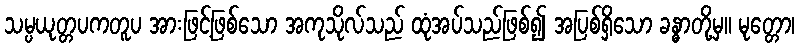
သမ္ပယုတ္တပကတူပ အားဖြင့်ဖြစ်သော အကုသိုလ်သည် ထုံအပ်သည်ဖြစ်၍ အပြစ်ရှိသော ခန္ဓာတို့မှ။ မုတ္တော၊